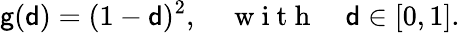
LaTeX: \mathsf{g}({\mathsf{{d}}})=(1-{\mathsf{{d}}})^{2},\quad\mathrm{{~w~i~t~h~}}\quad{\mathsf{{d}}}\in[0,1].